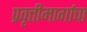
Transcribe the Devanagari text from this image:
प्रवृत्तीमार्गाचा